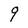
Character: q